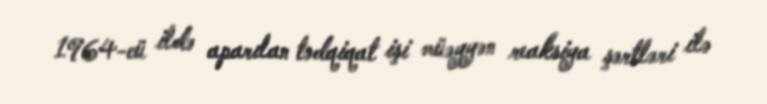
1964-cü ildə aparılan tədqiqat işi müəyyən reaksiya şərtləri ilə